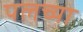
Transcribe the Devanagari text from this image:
पलच्या